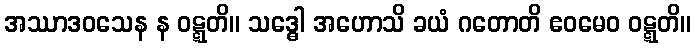
အဿာဒဝသေန န ဝဋ္ဋတိ။ သဒ္ဓေါ အဟောသိ ခယံ ဂတောတိ ဧဝမေဝ ဝဋ္ဋတိ။